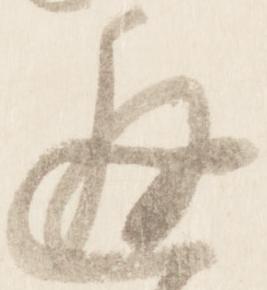
邂